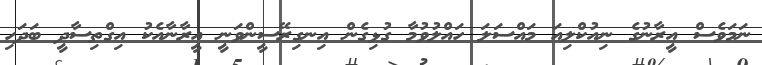
ނަމަވެސް އީރާނުގެ ނިއުކްލިއަ މައްސަލަ ހައްލުވުމާ ގުޅިގެން އިނގިރޭސީންވަނީ އީރާނާއެކު އިގްތިސާދީ ބަދަހި